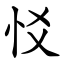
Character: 㤊